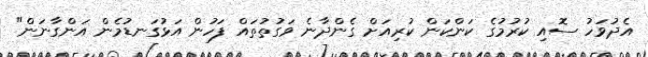
އެދުވަހު ސޮއި ކުރުމުގެ ކަންކަން ކުރިއަށް ގެންދާނެ ވަގުތުތައް ފަހުން އަޅުގަނޑުމެން އަންގާނަން"